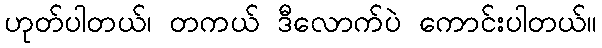
ဟုတ်ပါတယ်၊ တကယ် ဒီလောက်ပဲ ကောင်းပါတယ်။